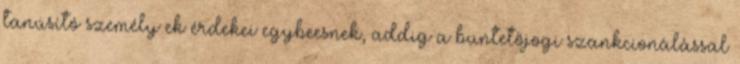
tanúsító személy ek érdekei egybeesnek, addig a büntetőjogi szankcionálással